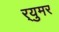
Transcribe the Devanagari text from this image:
र्‍युमर